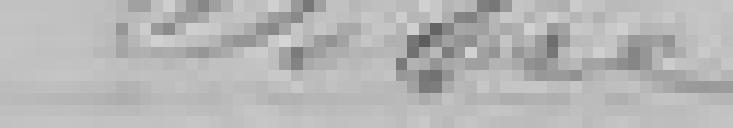
SIBRE??